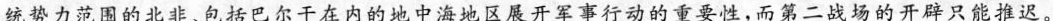
统势力范围的北非、包括巴尔干在内的地中海地区展开军事行动的重要性，而第二战场的开辟只能推迟。